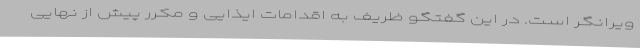
ویرانگر است. در این گفتگو ظریف به اقدامات ایذایی و مکرر پیش از نهایی